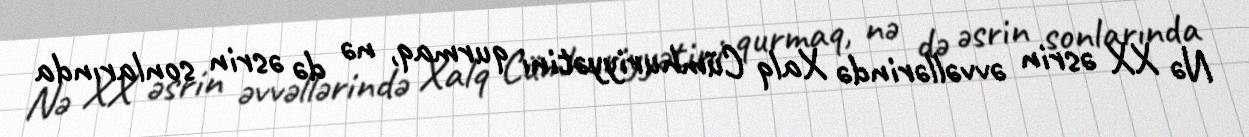
Nə XX əsrin əvvəllərində Xalq Cümhuriyyətini qurmaq, nə də əsrin sonlarında